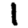
Digit: 1